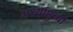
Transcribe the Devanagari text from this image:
अर्ध्यामुर्ध्या